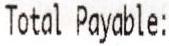
TOTAL PAYABLE: